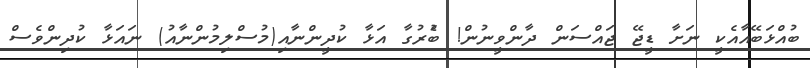
ބުއްޅަބޭއާއެކީ ނަށާ ޑީޖޭ ޖައްސަން ދާންވީނުން! ބުެރުގާ އަޅާ ކުދީންނާއި(މުސްލިމުންނާއު) ނައަޅާ ކުދިންވެސް